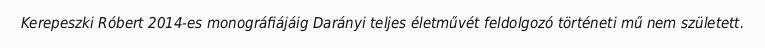
Kerepeszki Róbert 2014-es monográfiájáig Darányi teljes életművét feldolgozó történeti mű nem született.